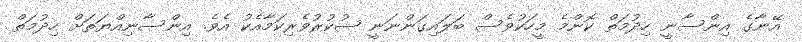
އޭނާގެ އިންސާނީ ހިދުމަތް ކޮންމެ މީހަކުވެސް ބަލައިގަންނަނީ ޝުކުރުވެރިކަމާއެކު އެވެ. އިންސާނިއްޔަތަށް ހިދުމަތް